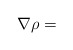
\begin{align*}\nabla \rho =\end{align*}